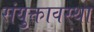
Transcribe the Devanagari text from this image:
संयुक्तावस्था